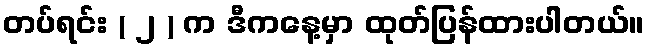
တပ်ရင်း ( ၂ ) က ဒီကနေ့မှာ ထုတ်ပြန်ထားပါတယ်။